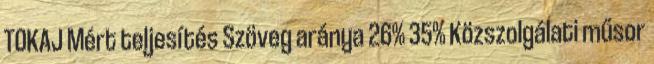
TOKAJ Mért teljesítés Szöveg aránya 26% 35% Közszolgálati műsor